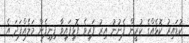
ކުޑައިރު ކޮޅެއްގެ ކުރީން ފެނުނު އިރު ފަރިވެ ފޮޅިފައިވާ ފިނިފެން މަލެއްފަދަ އެ